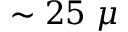
\sim 2 5 ~ \mu